Civil Veterinary Dept. Assam report 1911-1927 - 1911-1927
Year: 1911
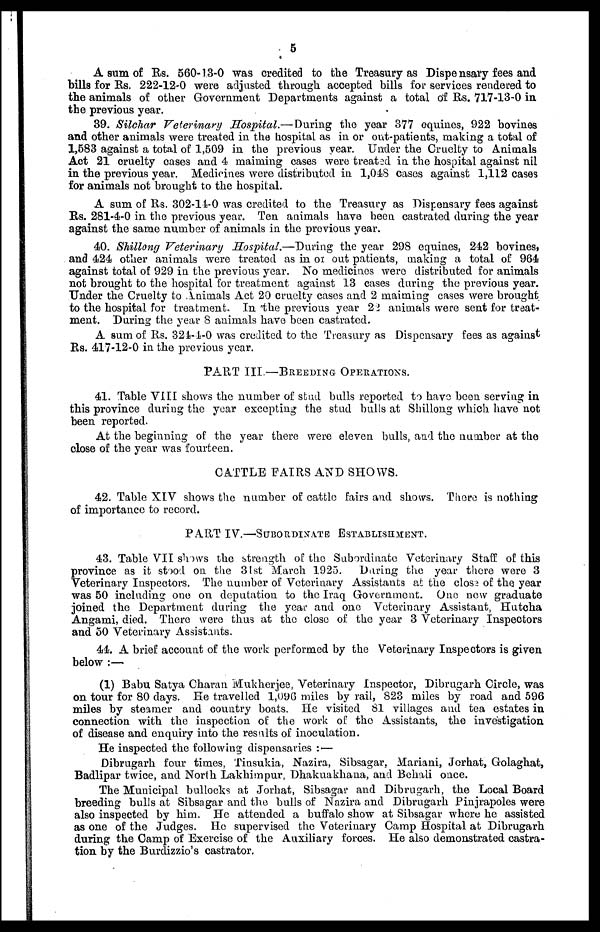
5
A sum of Rs. 560-13-0 was credited to the Treasury as Dispensary fees and
bills for Rs. 222-12-0 were adjusted through accepted bills for services rendered to
the animals of other Government Departments against a total of Rs. 717-13-0 in
the previous year.
39. Silchar Veterinary Hospital.— During the year 377 equines, 922 bovines
and other animals were treated in the hospital as in or out-patients, making a total of
1,583 against a total of 1,509 in the previous year. Under the Cruelty to Animals
Act 21 cruelty oases and 4 maiming cases were treated in the hospital against nil
in the previous year. Medicines were distributed in 1,048 cases against 1,112 cases
for animals not brought to the hospital.
A sum of Rs. 302-14-0 was credited to the Treasury as Dispensary fees against
Rs. 281-4-0 in the previous year. Ten animals have been castrated during the year
against the same number of animals in the previous year.
40. Shillong Veterinary Hospital.—During the year 298 equines, 242 bovines,
and 424 other animals were treated as in or out patients, making a total of 964
against total of 929 in the previous year. No medicines were distributed for animals
not brought to the hospital for treatment against 13 cases daring the previous year.
Under the Cruelty to Animals Act 20 cruelty cases and 2 maiming cases were brought
to the hospital for treatment. In the previous year 22 animals were sent for treat-
ment. During the year 8 animals have been castrated.
A sum of Rs. 321-1-0 was credited to the Treasury as Dispensary fees as against
Rs. 417-12-0 in the previous year.
PART III —BREEDING OPERATIONS.
41. Table VIII shows the number of stud bulls reported to have been serving in
this province during the year excepting the stud bulls at Shillong which have not
been reported.
At the beginning of the year there were eleven bulls, and the number at the
close of the year was fourteen.
CATTLE FAIRS AND SHOWS.
42. Table XIV shows the number of cattle fairs and shows. There is nothing
of importance to record.
PART IV. —SUBORDINATE ESTABLISHMENT.
43. Table VII shows the strength of the Subordinate Veterinary Staff of this
province as it stool on the 31st March 1925. During the year there wore 3
Veterinary Inspectors. The number of Veterinary Assistants at the close of the year
was 50 including one on deputation to the Iraq Government. One new graduate
joined the Department during the year and one Veterinary Assistant, Hutcha
Angami, died. There were thus at the close of the year 3 Veterinary Inspectors
and 50 Veterinary Assistants.
44. A brief account of the work performed by the Veterinary Inspectors is given
below :—
(1) Babu Satya Charan Mukherjee, Veterinary Inspector, Dibrugarh Circle, was
on tour for 80 days. He travelled 1,096 miles by rail, 823 miles by road and 596
miles by steamer and country boats. He visited 81 villages and tea estates in
connection with the inspection of the work of the Assistants, the investigation
of disease and enquiry into the results of inoculation.
He inspected the following dispensaries : —
Dibrugarh four times, Tinsukia, Nazira, Sibsagar. Mariani, Jorhat, Golaghat,
Badlipar twice, and North Lakhimpur, Dhakuakhana, and Behali once.
The Municipal bullocks at Jorhat, Sibsagar and Dibrugarh, the Local Board
breeding bulls at Sibsagar and the bulls of Nazira and Dibrugarh Pinjrapoles were
also inspected by him. He attended a buffalo show at Sibsagar where he assisted
as one of the Judges. He supervised the Veterinary Camp Hospital at Dibrugarh
during the Camp of Exercise of the Auxiliary forces. He also demonstrated castra-
tion by the Burdizzio's castrator.